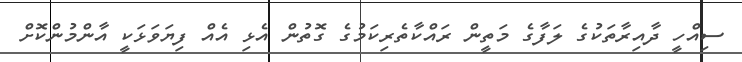
ސިއްހީ ދާއިރާތަކުގެ ލަފާގެ މަތީން ރައްކާތެރިކަމުގެ ގޮތުން އެޅި އެއް ފިޔަވަޅަކީ އާންމުންކޮށް